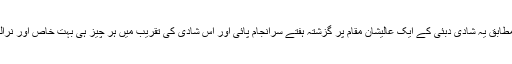
کے مطابق یہ شادی دبئی کے ایک عالیشان مقام پر گزشتہ ہفتے سرانجام پائی اور اس شادی کی تقریب میں ہر چیز ہی بہت خاص اور نرالیتھی۔